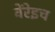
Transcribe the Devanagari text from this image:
वेंरेइच